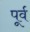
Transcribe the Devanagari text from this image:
पूर्व